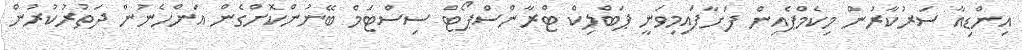
އިންޑިއާ ސަރުކާރުން މިކެމްޕެއިން ފަށާފައިމިވަނީ ޕަބްލިކް ޓްރާންސްޕޯޓް ސިސްޓަމް ބޭނުންކޮށްގެން އަންހެނުން ދަތުރުކުރުން